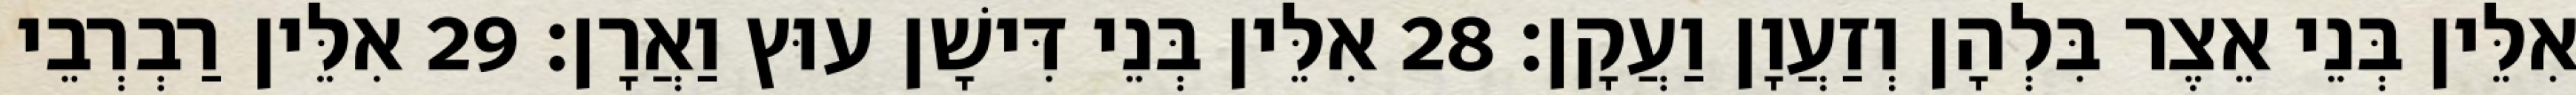
אִלֵּין בְּנֵי אֵצֶר בִּלְהָן וְזַעֲוָן וַעֲקָן׃ 28 אִלֵּין בְּנֵי דִּישָׁן עוּץ וַאֲרָן׃ 29 אִלֵּין רַבְרְבֵי